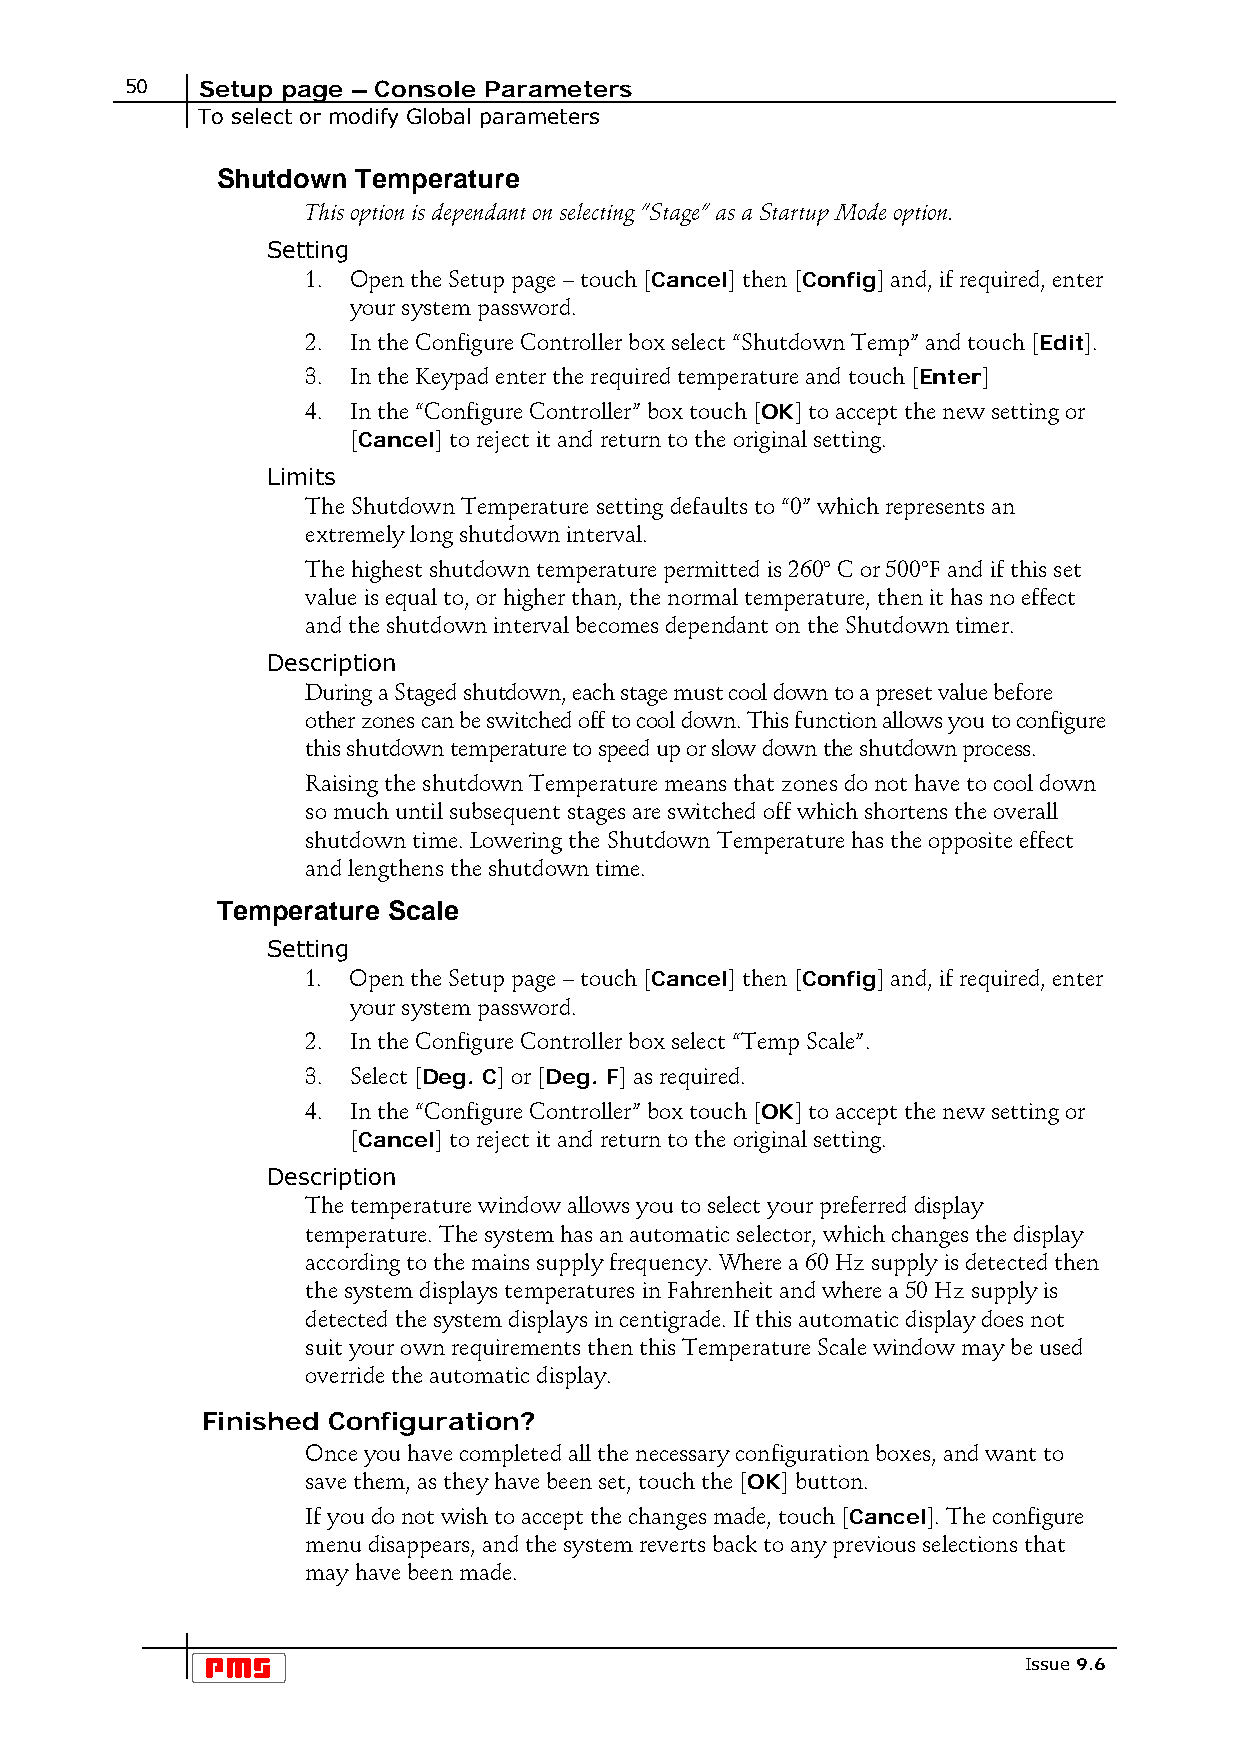
50   Setup page – Console Parameters
 To select or modify Global parameters
 Shutdown  Temperature
 This option is dependant on selecting “Stage” as a Startup Mode option.
 Setting
 1. Open the Setup page – touch [Cancel] then [Config] and, if required, enter
 your system password.
 2. In the Configure Controller box select “Shutdown Temp” and touch [Edit].
 3. In the Keypad enter the required temperature and touch [Enter]
 4. In the “Configure Controller” box touch [OK] to accept the new setting or
 [Cancel] to reject it and return to the original setting.
 Limits
 The Shutdown Temperature setting defaults to “0” which represents an
 extremely long shutdown interval.
 The highest shutdown temperature permitted is 260° C or 500°F and if this set
 value is equal to, or higher than, the normal temperature, then it has no effect
 and the shutdown interval becomes dependant on the Shutdown timer.
 Description
 During a Staged shutdown, each stage must cool down to a preset value before
 other zones can be switched off to cool down. This function allows you to configure
 this shutdown temperature to speed up or slow down the shutdown process.
 Raising the shutdown Temperature means that zones do not have to cool down
 so much until subsequent stages are switched off which shortens the overall
 shutdown time. Lowering the Shutdown Temperature has the opposite effect
 and lengthens the shutdown time.
 Temperature Scale
 Setting
 1. Open the Setup page – touch [Cancel] then [Config] and, if required, enter
 your system password.
 2. In the Configure Controller box select “Temp Scale”.
 3. Select [Deg. C] or [Deg. F] as required.
 4. In the “Configure Controller” box touch [OK] to accept the new setting or
 [Cancel] to reject it and return to the original setting.
 Description
 The temperature window allows you to select your preferred display
 temperature. The system has an automatic selector, which changes the display
 according to the mains supply frequency. Where a 60 Hz supply is detected then
 the system displays temperatures in Fahrenheit and where a 50 Hz supply is
 detected the system displays in centigrade. If this automatic display does not
 suit your own requirements then this Temperature Scale window may be used
 override the automatic display.
 Finished Configuration?
 Once you have completed all the necessary configuration boxes, and want to
 save them, as they have been set, touch the [OK] button.
 If you do not wish to accept the changes made, touch [Cancel]. The configure
 menu disappears, and the system reverts back to any previous selections that
 may have been made.
 Issue 9.6